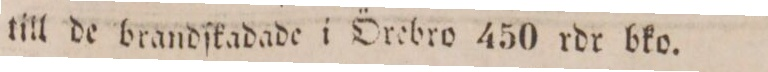
till de brandſkadade i Örebro 450 rdr bko.